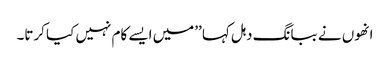
انھوں نے ببانگ دہل کہا ’’میں ایسے کام نہیں کیا کرتا۔